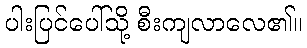
ပါးပြင်ပေါ်သို့ စီးကျလာလေ၏။